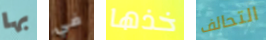
بها في خذها التحالف